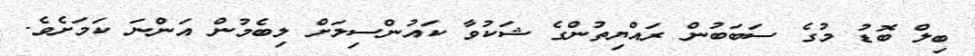
ބިލް ބޮޑު މުގެ ސަބަބުން ރައްޔިތުންގެ ޝަކުވާ ކައުންސިލަށް ލިބެމުން އަންނަ ކަމަށެވެ.